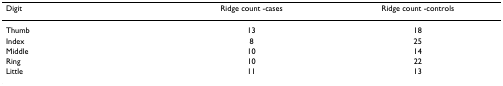
| Digit | Ridge count -cases | Ridge count -controls |
 | --- | --- | --- |
 | Thumb | 13 | 18 |
 | Index | 8 | 25 |
 | Middle | 10 | 14 |
 | Ring | 10 | 22 |
 | Little | 11 | 13 |